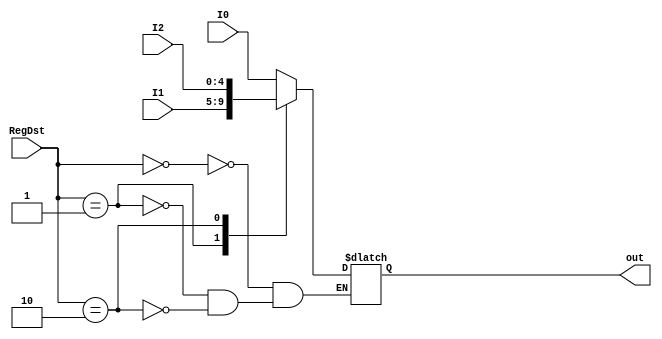
`timescale 1ns/1ns
module MUX1(input [4:0] I0,I1,I2 ,input [1:0] RegDst , output reg [4:0] out);

always@(I0,I1,I2,RegDst) begin
	case(RegDst)
		2'b00: out <= I0;
		2'b01: out <= I1;
		2'b10: out <= I2;
	endcase
end
endmodule